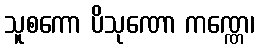
သူစကော ပိသုဏော ကဏ္ဏေ၊